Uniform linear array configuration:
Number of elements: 12
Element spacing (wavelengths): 0.5
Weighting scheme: binomial
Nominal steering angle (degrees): -30
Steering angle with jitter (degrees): -31.866
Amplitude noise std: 0.05
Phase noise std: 0.05

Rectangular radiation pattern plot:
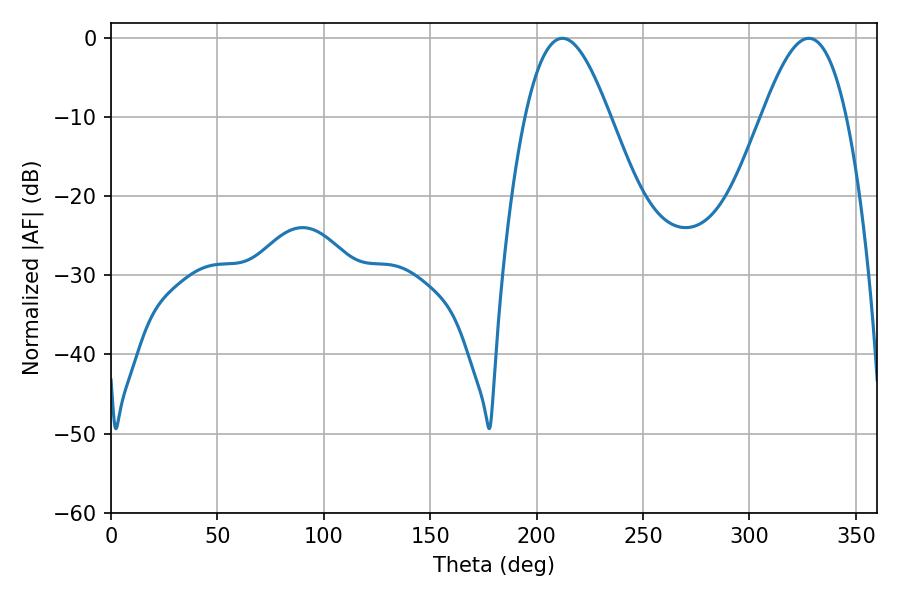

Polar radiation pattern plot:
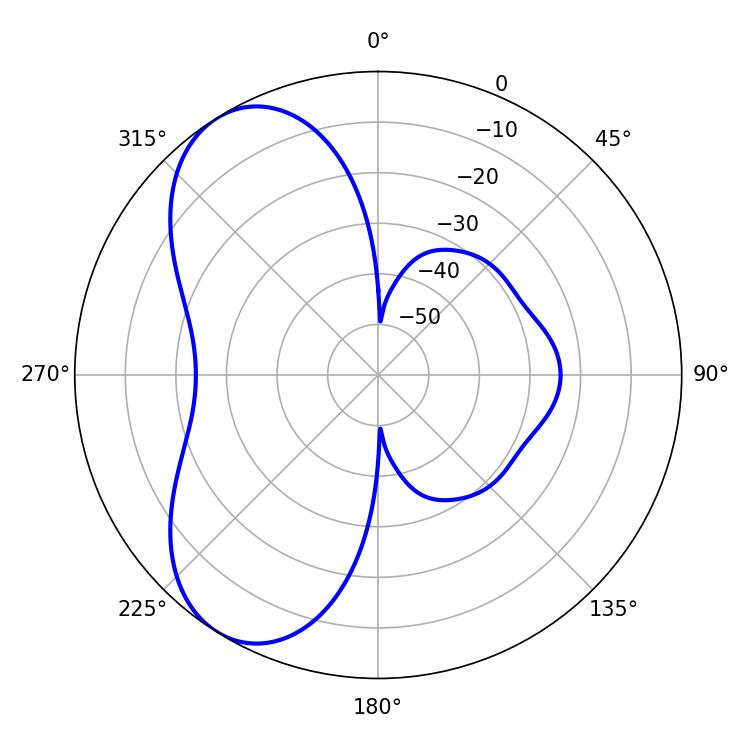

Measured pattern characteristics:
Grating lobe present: FALSE
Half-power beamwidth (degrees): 21.42
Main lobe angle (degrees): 212.04